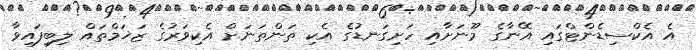
އެ އެކްސިޑެންޓްގައި އޭނާގެ މޫނަށާއި ހަށިގަނޑުގެ އެކި ތަންތަނަށް އެކިވަރުގެ ޒަޚަމްތައް ލިބިފައިވާ